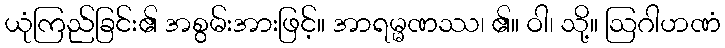
ယုံကြည်ခြင်း၏ အစွမ်းအားဖြင့်။ အာရမ္မဏဿ၊ ၏။ ဝါ၊ သို့။ ဩဂါဟဏံ